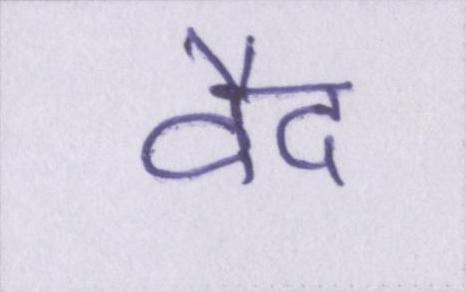
वैद